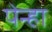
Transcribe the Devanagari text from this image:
पेन्हा